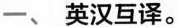
一、英汉互译。